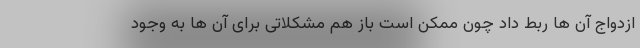
ازدواج آن ها ربط داد چون ممکن است باز هم مشکلاتی برای آن ها به وجود